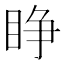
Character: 睁